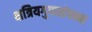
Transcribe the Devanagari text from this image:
क्षत्रियगुणसंपन्न